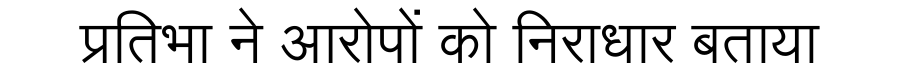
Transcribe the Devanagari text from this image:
प्रतिभा ने आरोपों को निराधार बताया